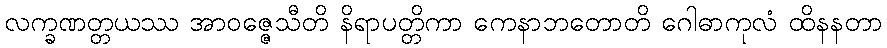
လက္ခဏတ္တယဿ အာဝဇ္ဇေသီတိ နိရာပတ္တိကာ ကေနာဘတောတိ ဂေါဓာကုလံ ထိနနတာ